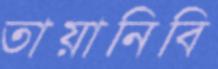
তায়ানিবি